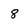
Character: 8